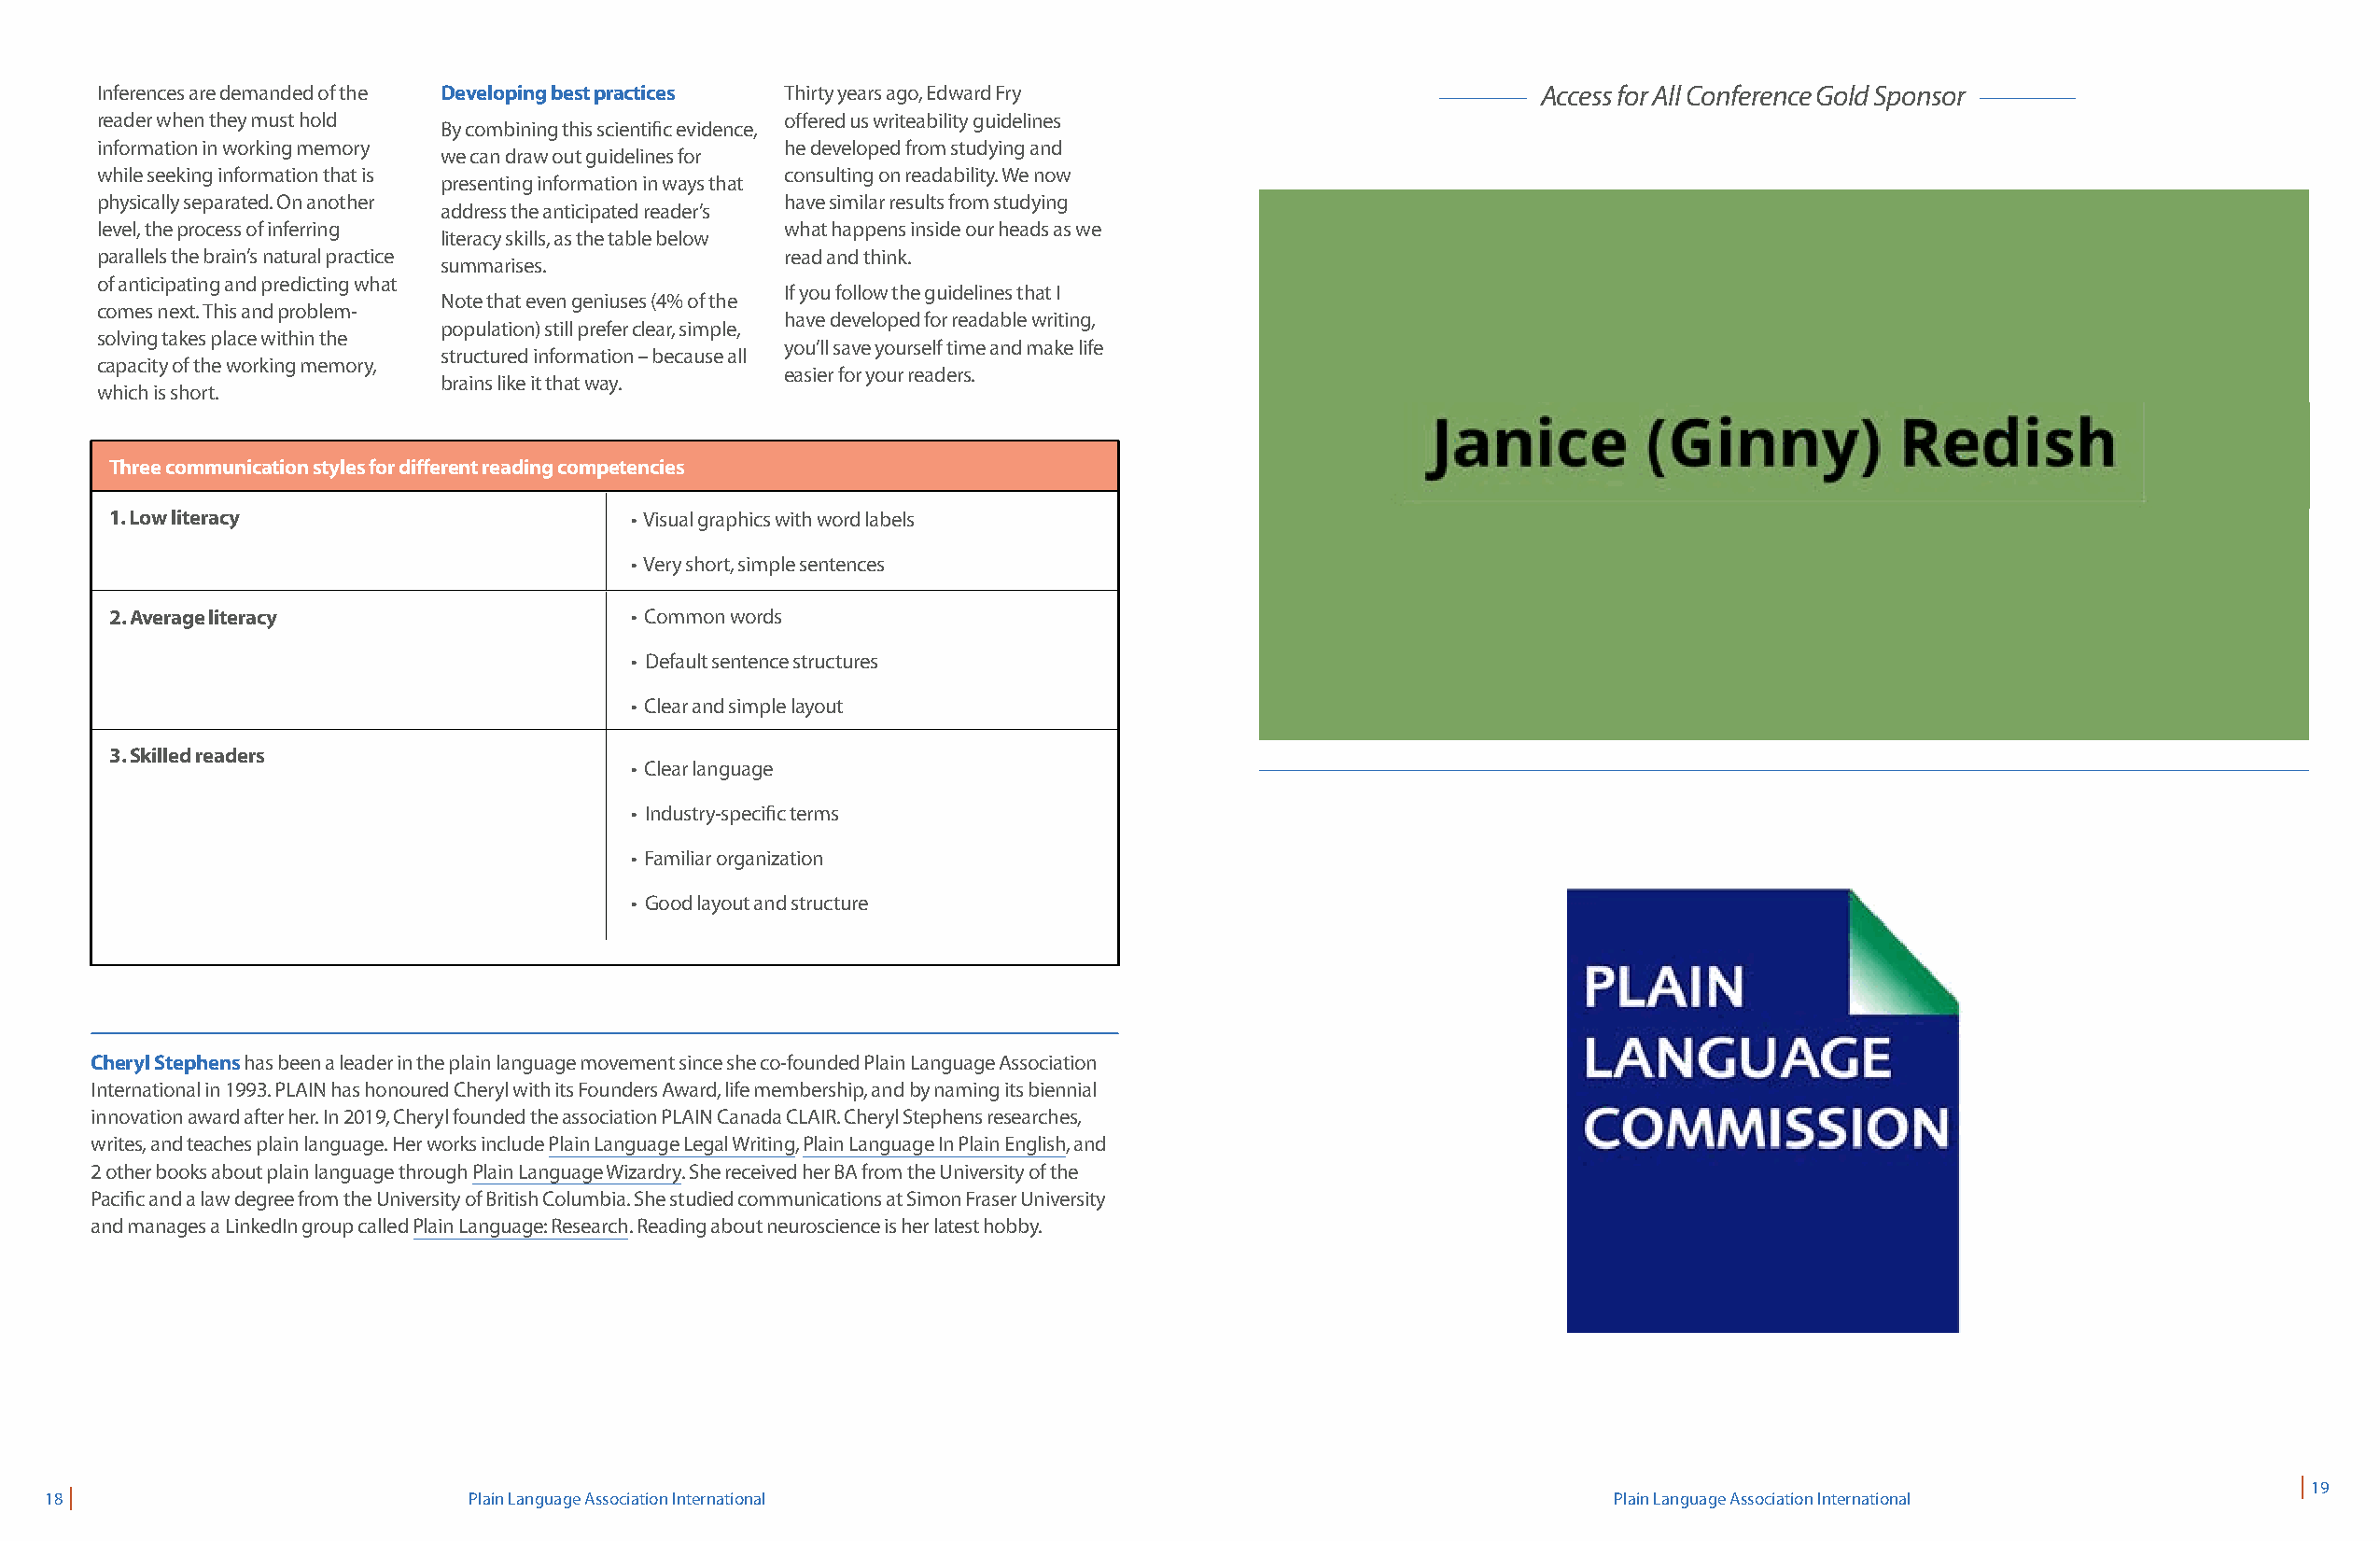
Inferences are demanded of the Developing best practices Thirty years ago, Edward Fry                 Access for All Conference Gold Sponsor
 reader when they must hold                       offered us writeability guidelines
 By combining this scientific evidence,
 information in working memory                    he developed from studying and
 we can draw out guidelines for
 while seeking information that is                consulting on readability. We now
 presenting information in ways that
 physically separated. On another                 have similar results from studying
 address the anticipated reader’s
 level, the process of inferring                  what happens inside our heads as we
 literacy skills, as the table below
 parallels the brain’s natural practice           read and think.
 summarises.
 of anticipating and predicting what
 If you follow the guidelines that I
 Note that even geniuses (4% of the
 comes next. This and problem-
 have developed for readable writing,
 population) still prefer clear, simple,
 solving takes place within the
 you’ll save yourself time and make life
 structured information – because all
 capacity of the working memory,
 easier for your readers.
 brains like it that way.
 which is short.
 Three communication styles for different reading competencies
 1. Low literacy                      • Visual graphics with word labels
 • Very short, simple sentences
 2. A verage literacy                 • Common words
 • Default sentence structures
 • Clear and simple layout
 3. S killed readers
 • Clear language
 • Industry-specific terms
 • Familiar organization
 • Good layout and structure
 Cheryl Stephens has been a leader in the plain language movement since she co-founded Plain Language Association
 International in 1993. PLAIN has honoured Cheryl with its Founders Award, life membership, and by naming its biennial
 innovation award after her. In 2019, Cheryl founded the association PLAIN Canada CLAIR. Cheryl Stephens researches,
 writes, and teaches plain language. Her works include Plain Language Legal Writing, Plain Language In Plain English, and
 2 other books about plain language through Plain Language Wizardry. She received her BA from the University of the
 Pacific and a law degree from the University of British Columbia. She studied communications at Simon Fraser University
 and manages a LinkedIn group called Plain Language: Research. Reading about neuroscience is her latest hobby.
 | 19
 18 |                          Plain Language Association International                                         Plain Language Association International